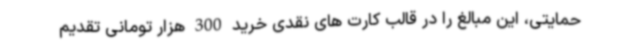
حمایتی، این مبالغ را در قالب کارت های نقدی خرید 300 هزار تومانی تقدیم